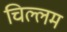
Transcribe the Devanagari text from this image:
चिल्लम